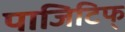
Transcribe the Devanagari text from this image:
पाजिटिफ्